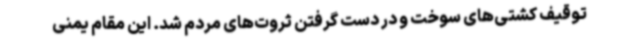
توقیف کشتی‌های سوخت و در دست گرفتن ثروت‌های مردم شد. این مقام یمنی